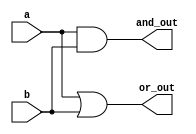
module simple_continuous_assignment (
    input wire a,       // First input
    input wire b,       // Second input
    output wire and_out, // Output for AND operation
    output wire or_out    // Output for OR operation
);

// Continuous assignments using the assign statement
assign and_out = a & b; // AND operation
assign or_out = a | b;  // OR operation

endmodule